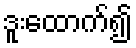
ဒူးထောက်၍